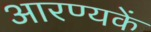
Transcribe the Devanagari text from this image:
आरण्यकें